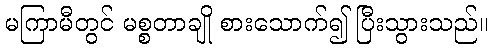
မကြာမီတွင် မစ္စတာချို စားသောက်၍ ပြီးသွားသည်။